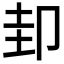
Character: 𭅶